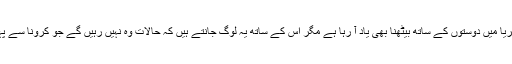
انھیں پیزیریا میں دوستوں کے ساتھ بیٹھنا بھی یاد آ رہا ہے مگر اس کے ساتھ یہ لوگ جانتے ہیں کہ حالات وہ نہیں رہیں گے جو کرونا سے پہلے تھے۔